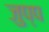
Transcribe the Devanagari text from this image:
जुप्प